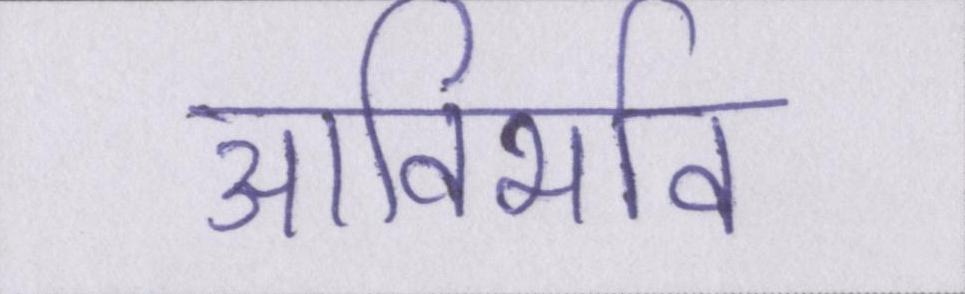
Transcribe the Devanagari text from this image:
आविर्भाव